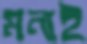
মনাই